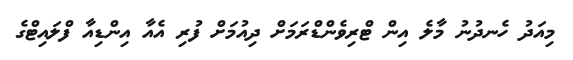
މިއަދު ހެނދުނު މާލެ އިން ޓްރިވެންޑްރަމަށް ދިއުމަށް ފުރި އެއާ އިންޑިއާ ފްލައިޓްގެ